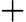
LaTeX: \boldsymbol{+}